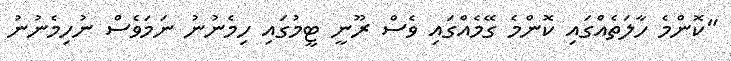
"ކޮންމެ ހާލަތެއްގައި ކޮންމެ ގޭމެއްގައި ވެސް ރޫނީ ޓީމުގައި ހިމެނުނު ނަމަވެސް ނުހިމެނުނު